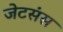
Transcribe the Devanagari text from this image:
जेटसंस